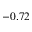
- 0 . 7 2